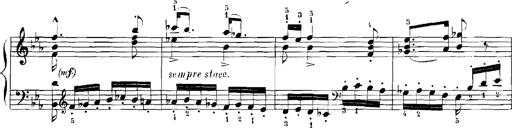
Title: Rhapsodies hongroises
Composer: Franz Liszt